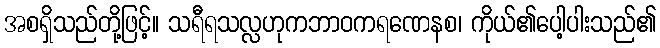
အစရှိသည်တို့ဖြင့်။ သရီရသလ္လဟုကဘာဝကရဏေနစ၊ ကိုယ်၏ပေါ့ပါးသည်၏